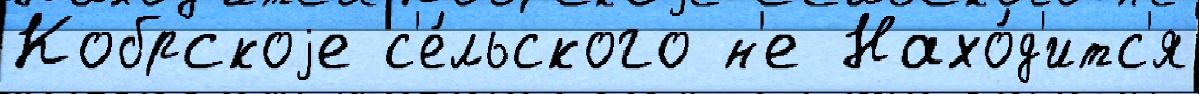
Кобрскоjе с'е́льского н'е Нахо́д'итс'я